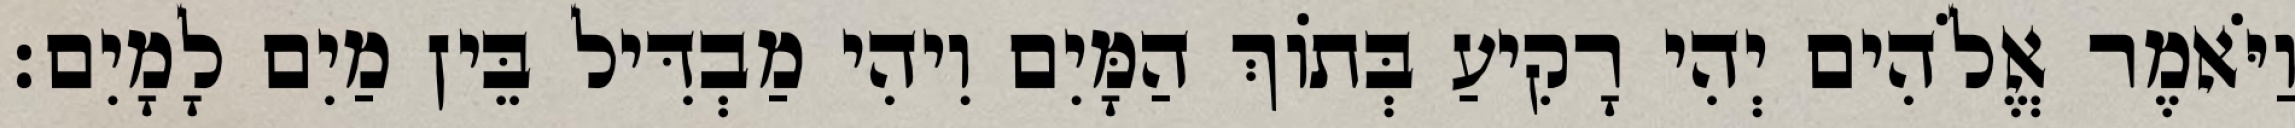
וַיֹּאמֶר אֱלֹהִים יְהִי רָקִיעַ בְּתֹוךְ הַמָּיִם וִיהִי מַבְדִּיל בֵּין מַיִם לָמָיִם׃